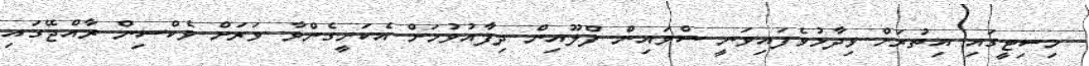
މިސިޓީގައި އިތުރަށް ވިދާޅުވެފައިވަނީ ސްވައިން ފްލޫއިން ދިފާއުވުމަށް އެކަށީގެންވާ ވަރަށް ވެކްސިން ރާއްޖޭގައި